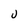
Character: u